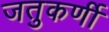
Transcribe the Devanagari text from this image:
जतुकर्णी